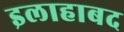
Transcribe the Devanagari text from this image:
इलाहाबद